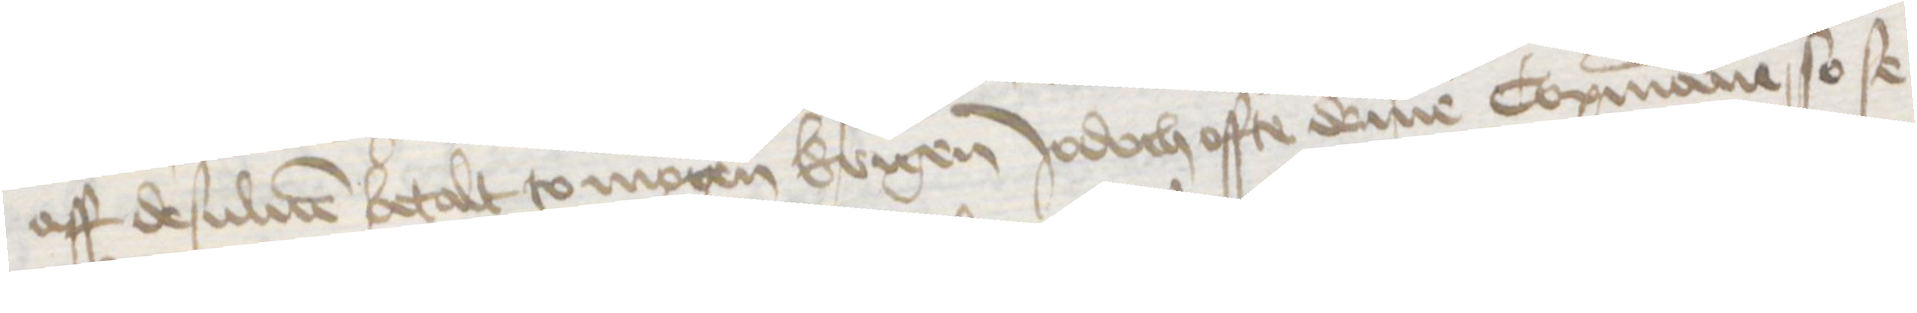
aff desuluen betalt to mogen krigen Jodoch offte deme Copmanne so se